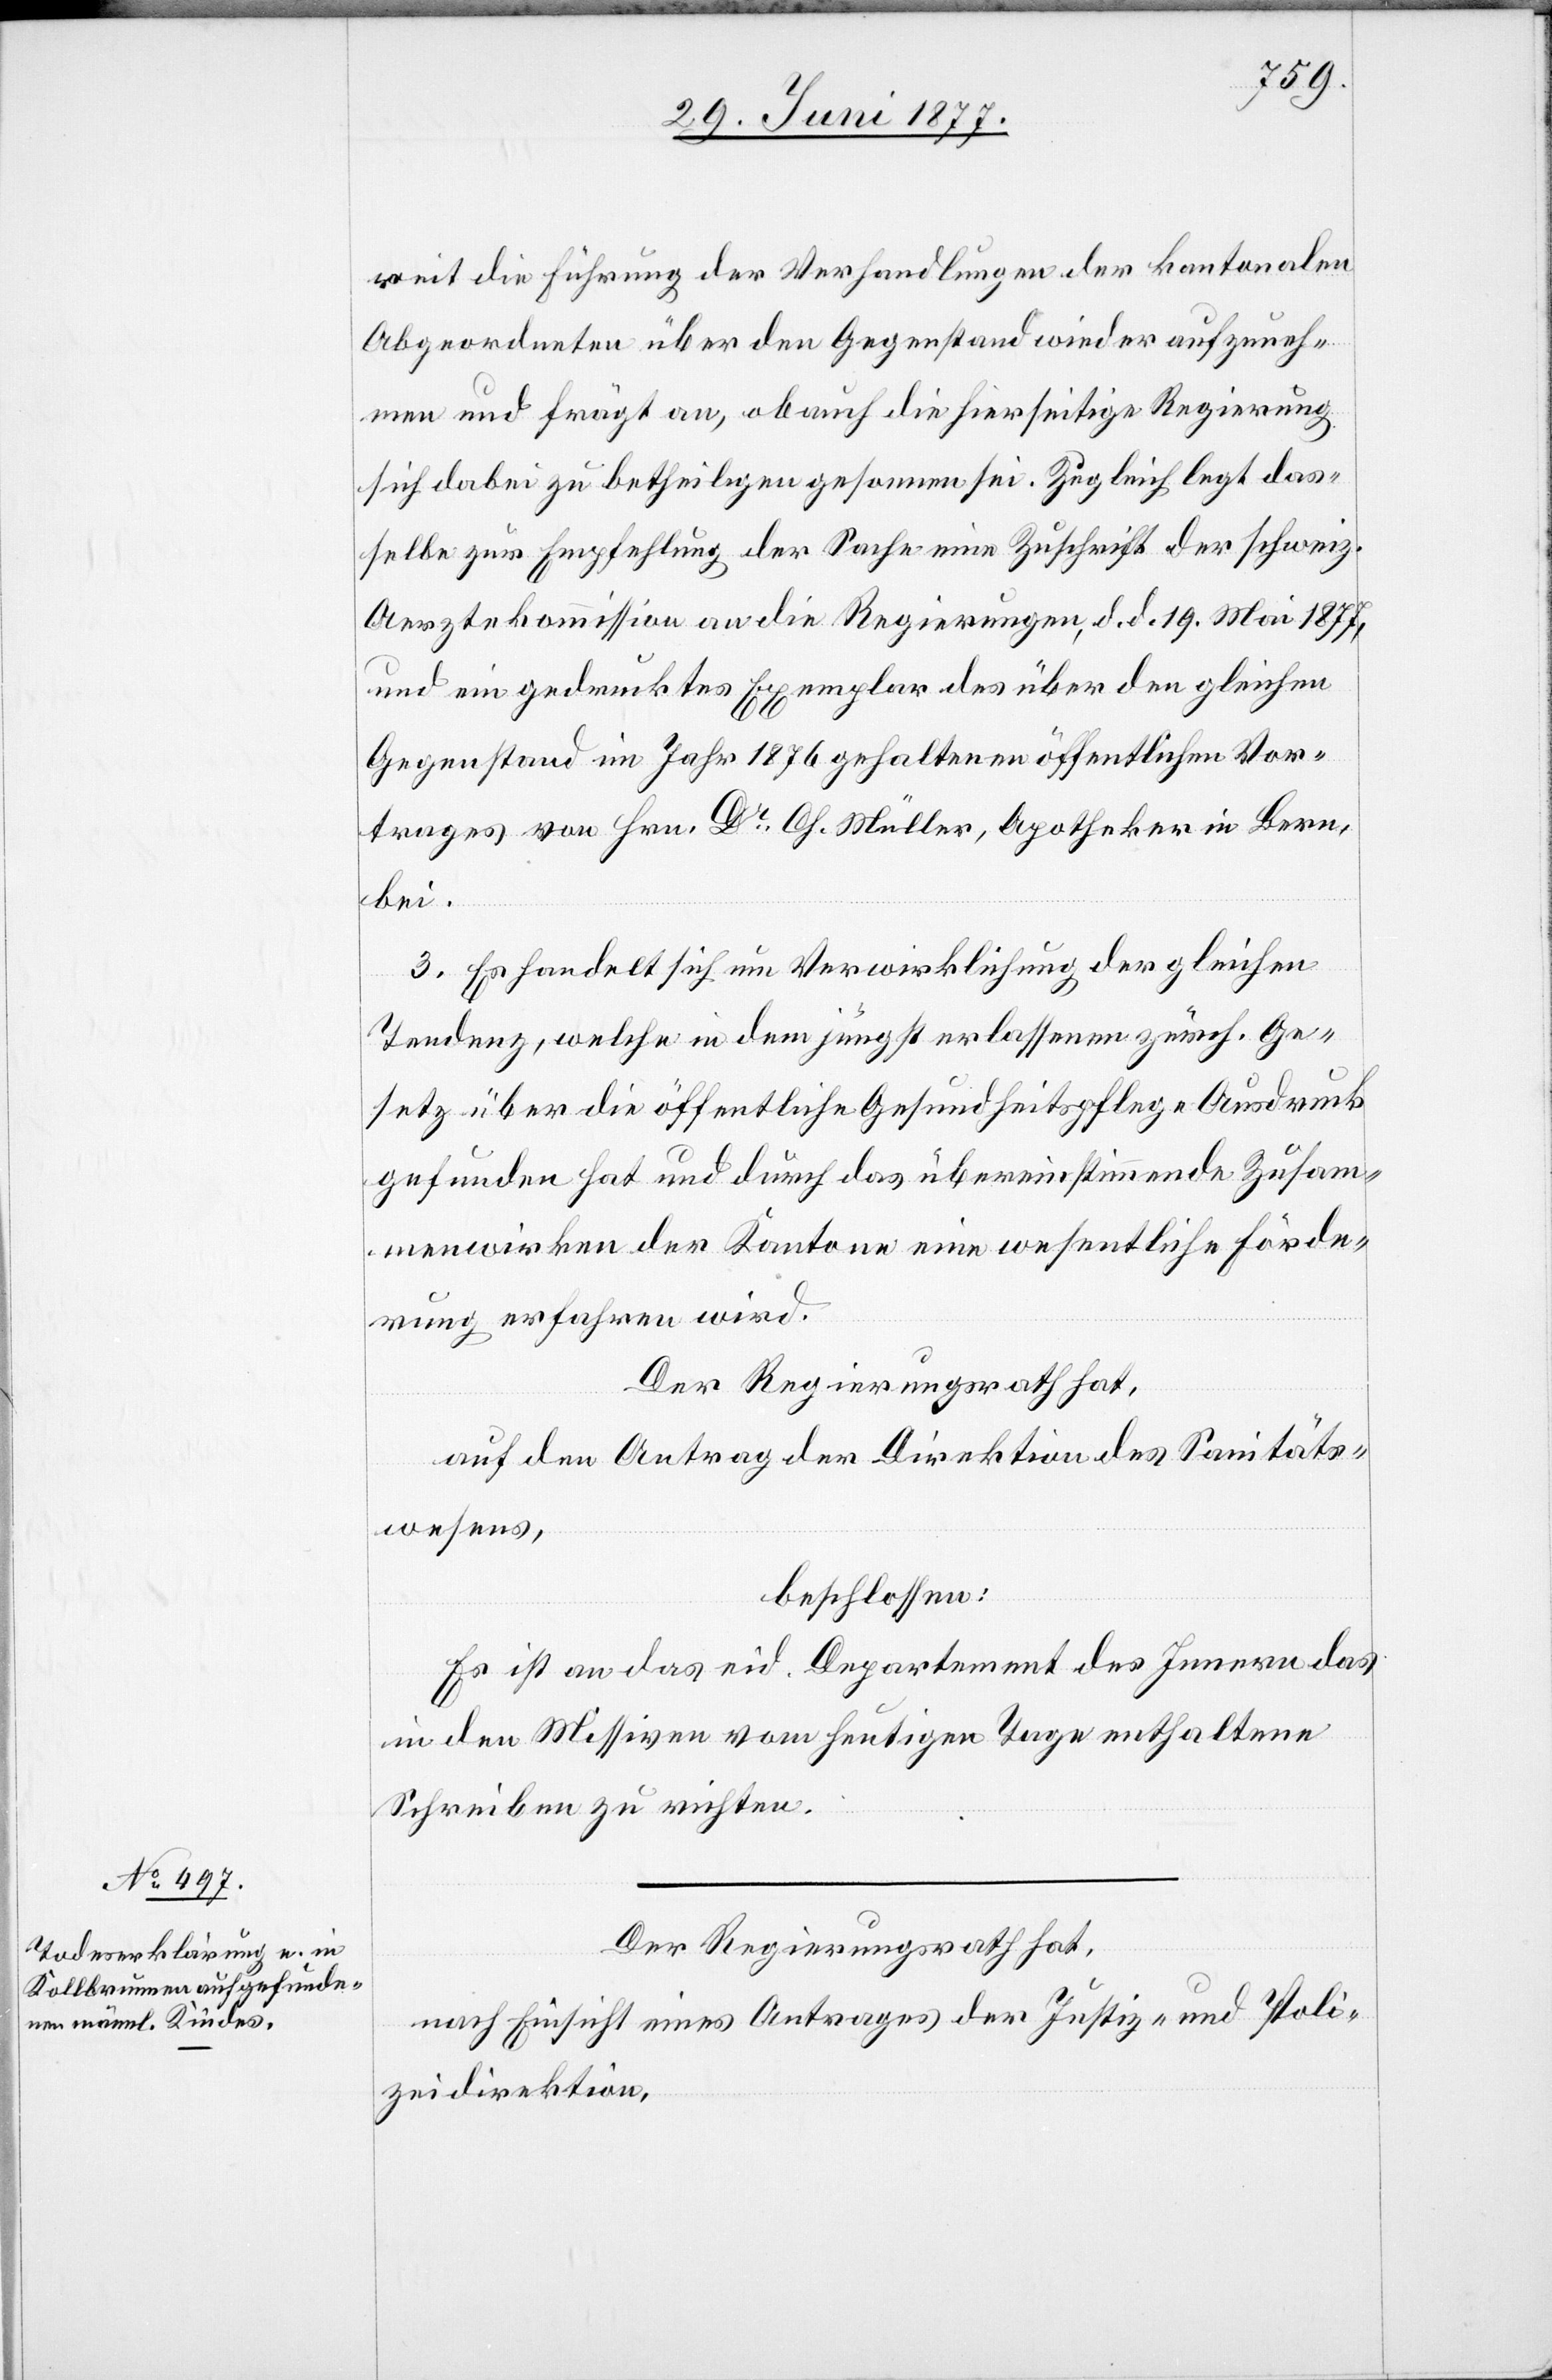
reit die Führung der Verhandlungen der kantonalen
Abgeordneten über den Gegenstand wieder aufzuneh¬
men und frägt an, ob auch die hierseitige Regierung
sich dabei zu betheiligen gesonnen sei. Zugleich legt das¬
selbe zur Empfehlung der Sache eine Zuschrift der schweiz.
Aerztekommission an die Regierungen, d. d. 19. Mai 1877,
und ein gedrucktes Exemplar des über den gleichen
Gegenstand im Jahr 1867 gehaltenen öffentlichen Vor¬
trages von Hrn. Dr Ch. Müller, Apotheker in Bern,
bei.
c!] Es handelt sich um Verwirklichung der gleichen
Tendenz, welche in dem jüngst erlassenen zürch. Ge¬
setz über die öffentliche Gesundheitspflege Ausdruck
gefunden hat und durch das übereinstimmende Zusam¬
menwirken der Kantone eine wesentliche Förde¬
rung erfahren wird.
Der Regierungsrath hat,
auf den Antrag der Direktion des Sanitäts¬
wesens,
beschlossen:
Es ist an das eid. Departement des Innern das
in den Missiven vom heutigen Tage enthaltene
Schreiben zu richten.
[si¬
Der Regierungsrath hat,
nach Einsicht eines Antrages der Justiz- und Poli¬
zeidirektion,